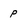
Character: p